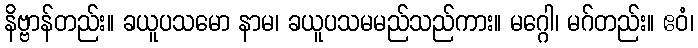
နိဗ္ဗာန်တည်း။ ခယူပသမော နာမ၊ ခယူပသမမည်သည်ကား။ မဂ္ဂေါ၊ မဂ်တည်း။ ဧဝံ၊